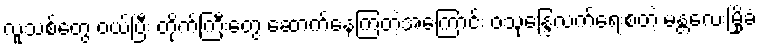
လူသစ်တွေ ဝယ်ပြီး တိုက်ကြီးတွေ ဆောက်နေကြတဲ့အကြောင်း ဝသုန္ဒြေလက်ရေးစတဲ့ မန္တလေးမြို့ခံ